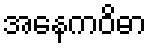
အနေကဝိဓာ